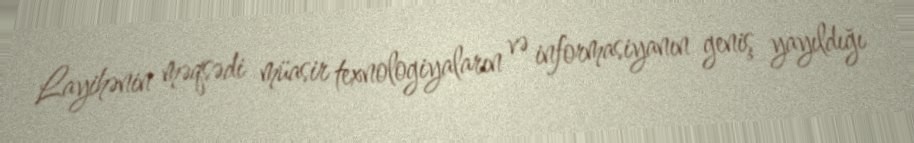
Layihənin məqsədi müasir texnologiyaların və informasiyanın geniş yayıldığı